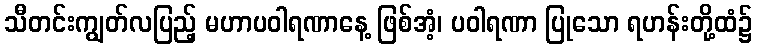
သီတင်းကျွတ်လပြည့် မဟာပဝါရဏာနေ့ ဖြစ်အံ့၊ ပဝါရဏာ ပြုသော ရဟန်းတို့ထံ၌